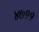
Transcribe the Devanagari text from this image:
४७११